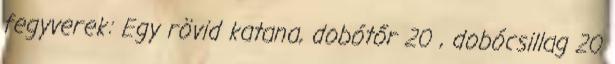
fegyverek: Egy rövid katana, dobótőr 20 , dobócsillag 20